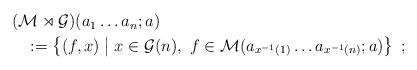
LaTeX: \begin{align*}\begin{multlined}(\mathcal M\rtimes\mathcal G)(a_1\dots a_n;a) \\:=\left\{(f,x)\;\middle|\;x\in\mathcal G(n),\ f\in\mathcal M(a_{x^{-1}(1)}\dots a_{x^{-1}(n)};a)\right\}\ ;\end{multlined}\end{align*}